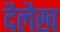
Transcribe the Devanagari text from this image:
दैलैख